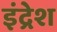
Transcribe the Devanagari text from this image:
इंद्रेश